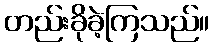
တည်းခိုခဲ့ကြသည်။